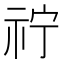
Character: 𮁫